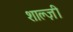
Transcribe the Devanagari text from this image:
शाल्ज़ी